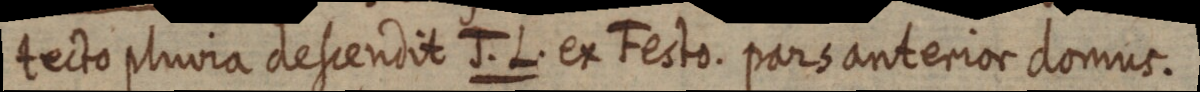
tecto pluvia descendit J. L. ex Festo. pars anterior domus.